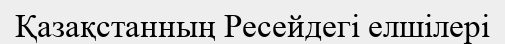
Қазақстанның Ресейдегі елшілері